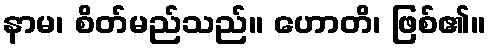
နာမ၊ စိတ်မည်သည်။ ဟောတိ၊ ဖြစ်၏။